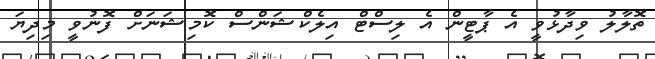
ތޮލާލު ވިދާޅުވީ އެ ޕާޓީން އެ ލިސްޓް އިލެކްޝަންސް ކޮމިޝަނަށް ފޮނުވީ މިދިޔަ